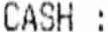
CASH :